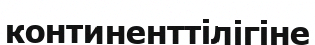
континенттілігіне